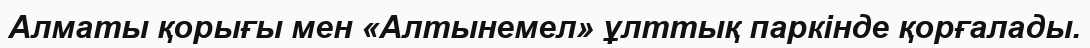
Алматы қорығы мен «Алтынемел» ұлттық паркінде қорғалады.